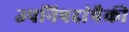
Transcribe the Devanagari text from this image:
उपनिषदांपैकी